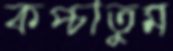
কপ্‌চাতুম